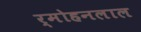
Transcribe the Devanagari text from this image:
र्मोहनलाल